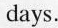
days.